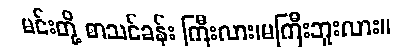
မင်းတို့ စာသင်ခန်း ကြီးလား၊မကြီးဘူးလား။